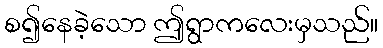
စ၍နေခဲ့သော ဤရွာကလေးမှသည်။